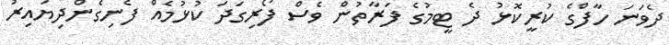
ދެވަނަ ހާފްގެ ކުރީކޮޅު ދެ ޓީމުގެ ފަރާތުން ވެސް ފޯރިގަދަ ކުޅުމެއް ފެނިގެންދިޔައިރު